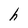
Character: h